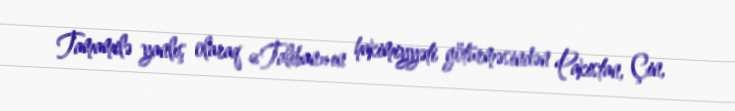
Tamamilə yanlış olaraq «Taliban»ın hakimiyyəti götürməsindən Pakistan, Çin,